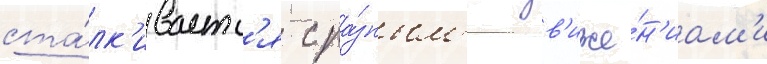
ста́лк'иваетс'я с ра́зным'и дв'иже́н'иам'и